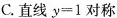
C.直线$$y=1$$对称